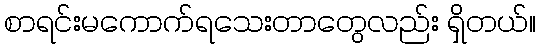
စာရင်းမကောက်ရသေးတာတွေလည်း ရှိတယ်။